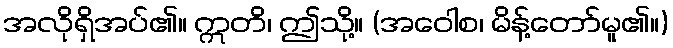
အလိုရှိအပ်၏။ ဣတိ၊ ဤသို့။ (အဝေါစ၊ မိန့်တော်မူ၏။)